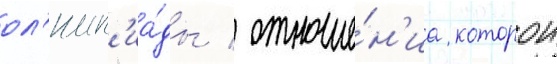
ол'имп'иа́ды / отноше́н'иа которои